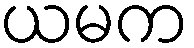
ယမက